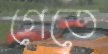
গেতে